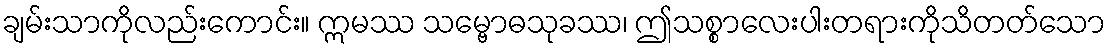
ချမ်းသာကိုလည်းကောင်း။ ဣမဿ သမ္ဗောဓသုခဿ၊ ဤသစ္စာလေးပါးတရားကိုသိတတ်သော